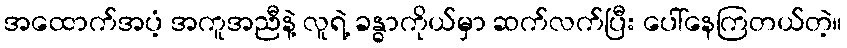
အထောက်အပံ့ အကူအညီနဲ့ လူရဲ့ ခန္ဓာကိုယ်မှာ ဆက်လက်ပြီး ပေါ်နေကြတယ်တဲ့။